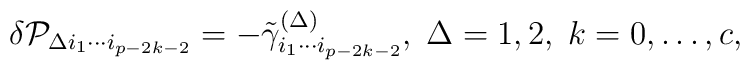
\delta {\cal P}_{\Delta i_1\cdots i_{p-2k-2}}=-\tilde \gamma_{i_1\cdots i_{p-2k-2}}^{(\Delta )},\;\Delta =1,2,\;k=0,\ldots ,c,